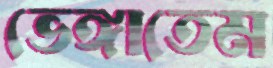
ভেঙ্গাতেম